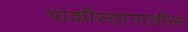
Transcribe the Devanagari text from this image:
पाकीस्तानातील